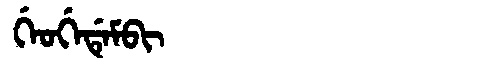
Manchu: ᡤᡝᠣᡤᡝᡩᡝᠮᠪᡳ
Romanization: GEOGEDEMBI